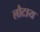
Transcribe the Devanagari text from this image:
लौटाय